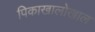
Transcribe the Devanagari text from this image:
पिकाखालोखाल